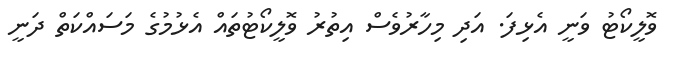
ވޮލީކޯޓު ވަނީ އެޅިފަ. އަދި މިހާރުވެސް އިތުރު ވޮލީކޯޓުތައް އެޅުމުގެ މަސައްކަތް ދަނީ